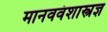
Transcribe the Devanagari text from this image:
मानववंशास्त्रज्ञ